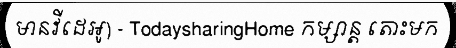
មានវីដេអូ) - TodaysharingHome កម្សាន្ត តោះមក